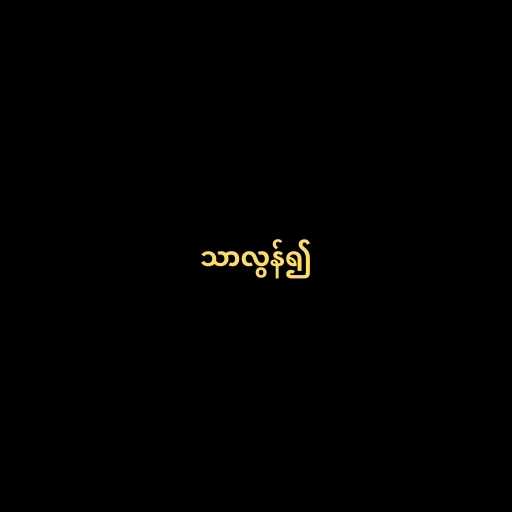
သာလွန်၍